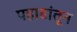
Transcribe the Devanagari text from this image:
पहाडांतून